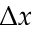
\Delta x